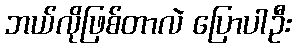
ဘယ်လိုဖြစ်တာလဲ ပြောပါဦး